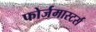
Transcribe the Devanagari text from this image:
फोर्जमास्टर्स